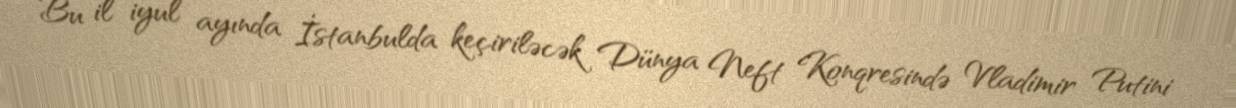
Bu il iyul ayında İstanbulda keçiriləcək Dünya Neft Konqresində Vladimir Putini